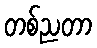
တစ်ညတာ